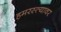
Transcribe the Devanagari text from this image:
हमरस्त्यावर